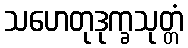
သဟေတုဒုက္ခသုတ္တံ